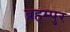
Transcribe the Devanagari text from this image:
ब्रहम्पुर